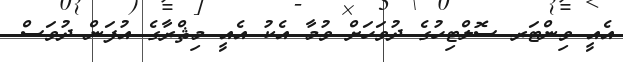
އެއީ ވިންޓަރ ސޮލްޓިހުގެ ދުވަހަށް ވުމާ އެކު އެއީ މިޘްރާގެ އުފަން ދުވަސް